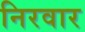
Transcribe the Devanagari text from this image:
निरवार